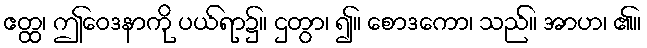
ဧတ္ထ၊ ဤဝေဒနာကို ပယ်ရာ၌။ ဌတွာ၊ ၍။ စောဒကော၊ သည်။ အာဟ၊ ၏။